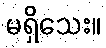
မရှိသေး။